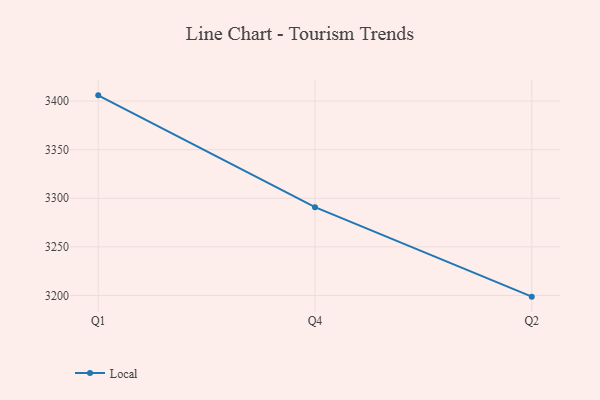
{"axis": {"x": "Quarter", "y": "Inventory Turnover"}, "legend": ["Local"], "data": [{"x": "Q1", "y": 3405.9, "type": "Local"}, {"x": "Q4", "y": 3290.9, "type": "Local"}, {"x": "Q2", "y": 3198.8, "type": "Local"}]}